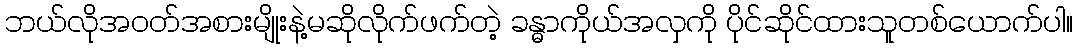
ဘယ်လိုအ၀တ်အစားမျိုးနဲ့မဆိုလိုက်ဖက်တဲ့ ခန္ဓာကိုယ်အလှကို ပိုင်ဆိုင်ထားသူတစ်ယောက်ပါ။